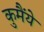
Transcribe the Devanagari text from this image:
कुमैंये